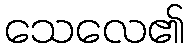
သေလေ၏